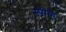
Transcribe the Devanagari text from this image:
स्‍पीक